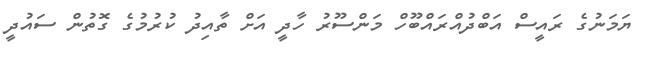
ޔަމަނުގެ ރައީސް އަބްދުއްރައްބޫހް މަންސޫރު ހާދީ އަށް ތާއިދު ކުރުމުގެ ގޮތުން ސައުދީ